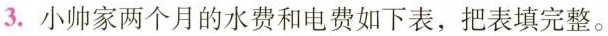
3.小帅家两个月的水费和电费如下表，把表填完整。